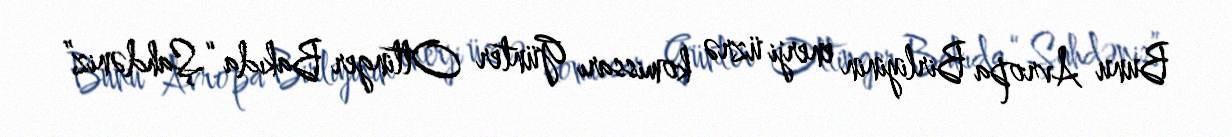
Bunu Avropa Birliyinin enerji üzrə komissarı Günter Ottinger Bakıda “Şahdəniz”